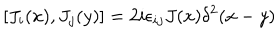
[ J _ { i } ( x ) , J _ { j } ( y ) ] = 2 i \epsilon _ { i j } J ( x ) \delta ^ { 2 } ( x - y )